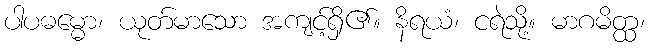
ပါပဓမ္မော၊ ယုတ်မာသော အကျင့်ရှိ၏။ နိရယံ၊ ငရဲသို့။ မာဂမိတ္ထ၊